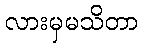
လားမှမသိတာ